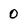
Character: 0